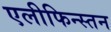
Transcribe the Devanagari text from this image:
एलीफिन्स्तन